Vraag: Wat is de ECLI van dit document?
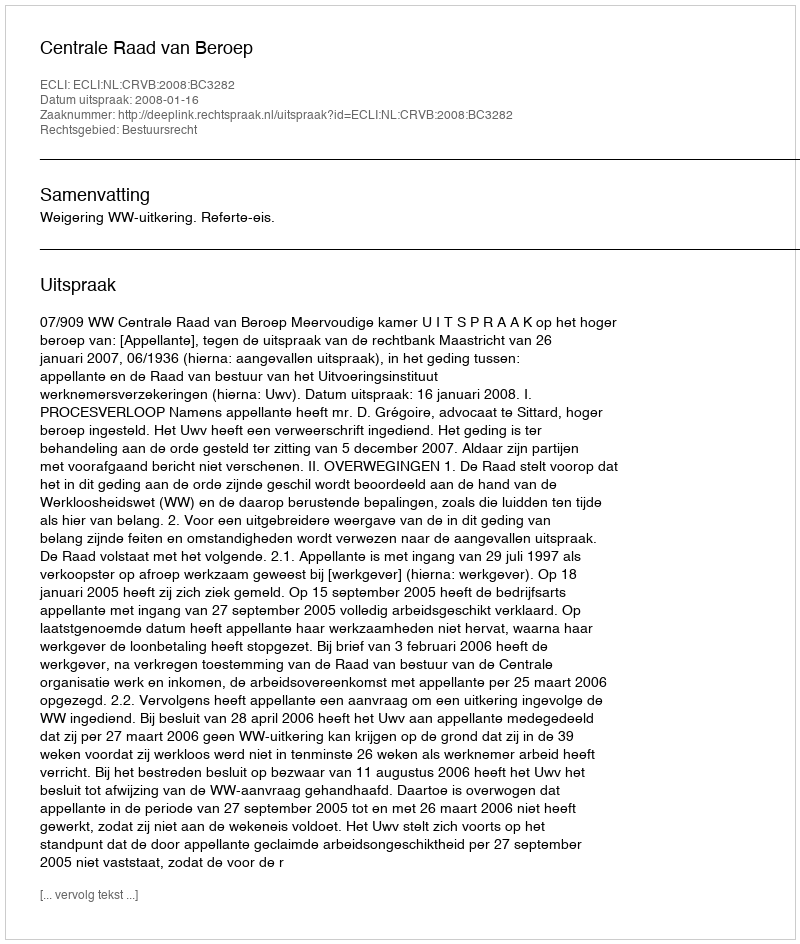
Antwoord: ECLI:NL:CRVB:2008:BC3282